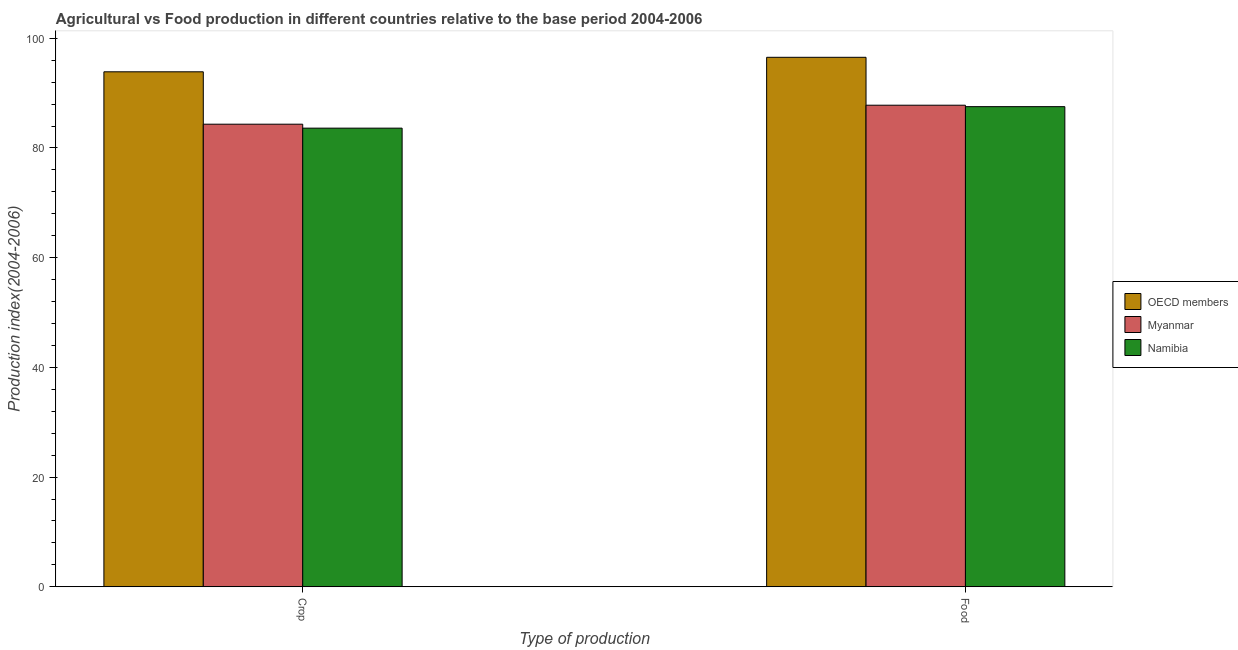
| Type of production | OECD members | Myanmar | Namibia |
 | --- | --- | --- | --- |
 | Crop | 93.9 | 84.3 | 83.6 |
 | Food | 96.5 | 87.8 | 87.5 |